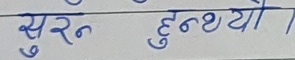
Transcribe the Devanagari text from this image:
सुर हुन्थ्यो ।